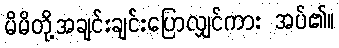
မိမိတို့အချင်းချင်းပြောလျှင်ကား အပ်၏။